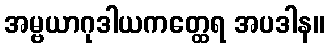
အမ္ဗယာဂုဒါယကတ္ထေရ အပဒါန။